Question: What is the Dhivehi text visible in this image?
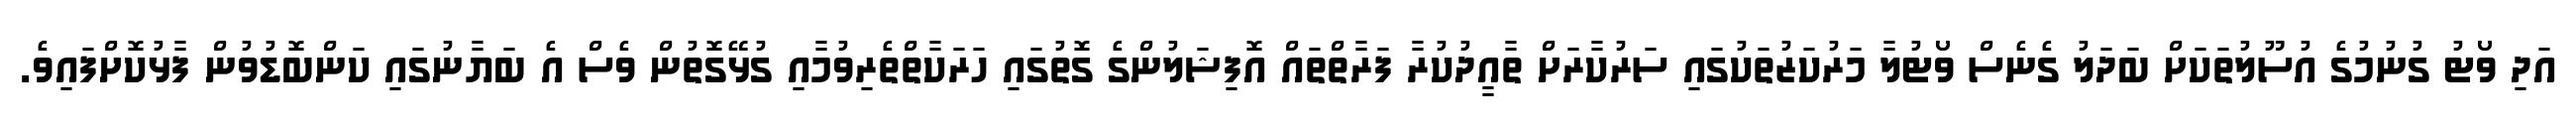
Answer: އަދި ވޯޓު ގުނުމުގެ އުސޫލުތަކަށް ބަދަލު ގެނެސް ވޯޓުލާ މަރުކަޒުތަކުގައި ސަރުކާރަށް ތާއީދުކުރާ ފަރާތްތައް އޮފިޝަލުންގެ ގޮތުގައި ހަރަކާތްތެރިވުމާއި ގުޅޭގޮތުން ވެސް އެ ބަޔާނުގައި ކަންބޮޑުވުން ފާޅުކޮށްފައިވެ.